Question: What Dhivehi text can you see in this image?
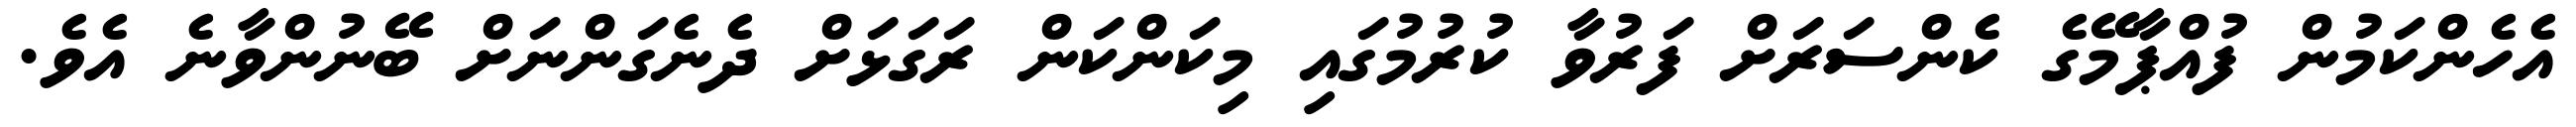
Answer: އެހެންކަމުން ފުއްޕާމޭގެ ކެންސަރަށް ފަރުވާ ކުރުމުގައި މިކަންކަން ރަގަޅަށް ދެނެގަންނަށް ބޭނުންވާނެ އެވެ.